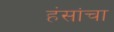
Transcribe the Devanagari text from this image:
हंसांचा